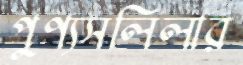
পুণ্যসলিলার